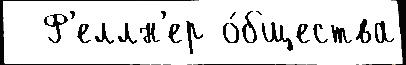
  Ф'еллн'ер о́бщества